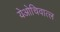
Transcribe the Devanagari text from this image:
येओचिवात्ल